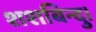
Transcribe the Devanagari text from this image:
शशबिन्दु।